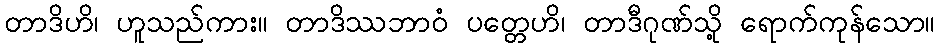
တာဒိဟိ၊ ဟူသည်ကား။ တာဒိဿဘာဝံ ပတ္တေဟိ၊ တာဒီဂုဏ်သို့ ရောက်ကုန်သော။